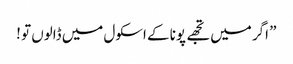
” اگر میں تجھے پونا کے اسکول میں ڈالوں تو !